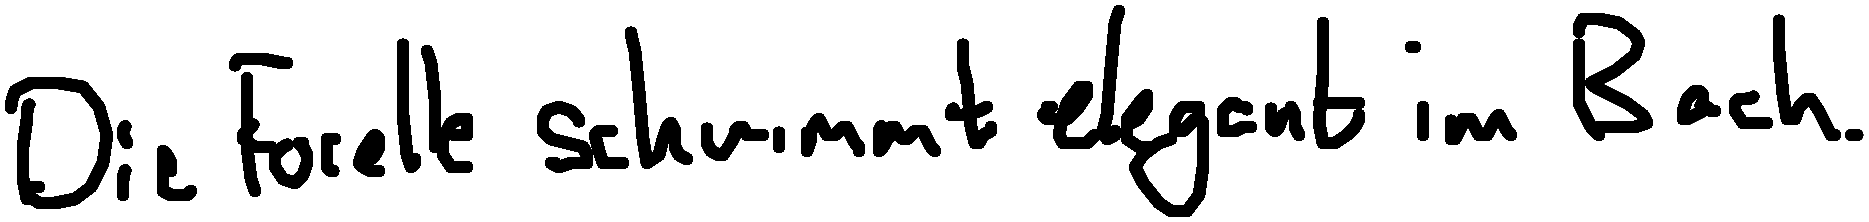
Die Forelle schwimmt elegant im Bach.